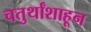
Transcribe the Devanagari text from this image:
चतुर्थांशाहून